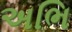
અભિ